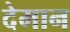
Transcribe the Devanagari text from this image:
देमान